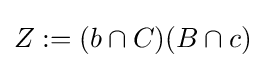
Z:=(b\cap C)(B\cap c)